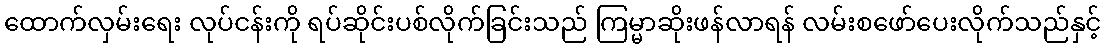
ထောက်လှမ်းရေး လုပ်ငန်းကို ရပ်ဆိုင်းပစ်လိုက်ခြင်းသည် ကြမ္မာဆိုးဖန်လာရန် လမ်းစဖော်ပေးလိုက်သည်နှင့်